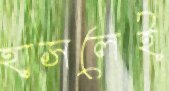
হাসলেই